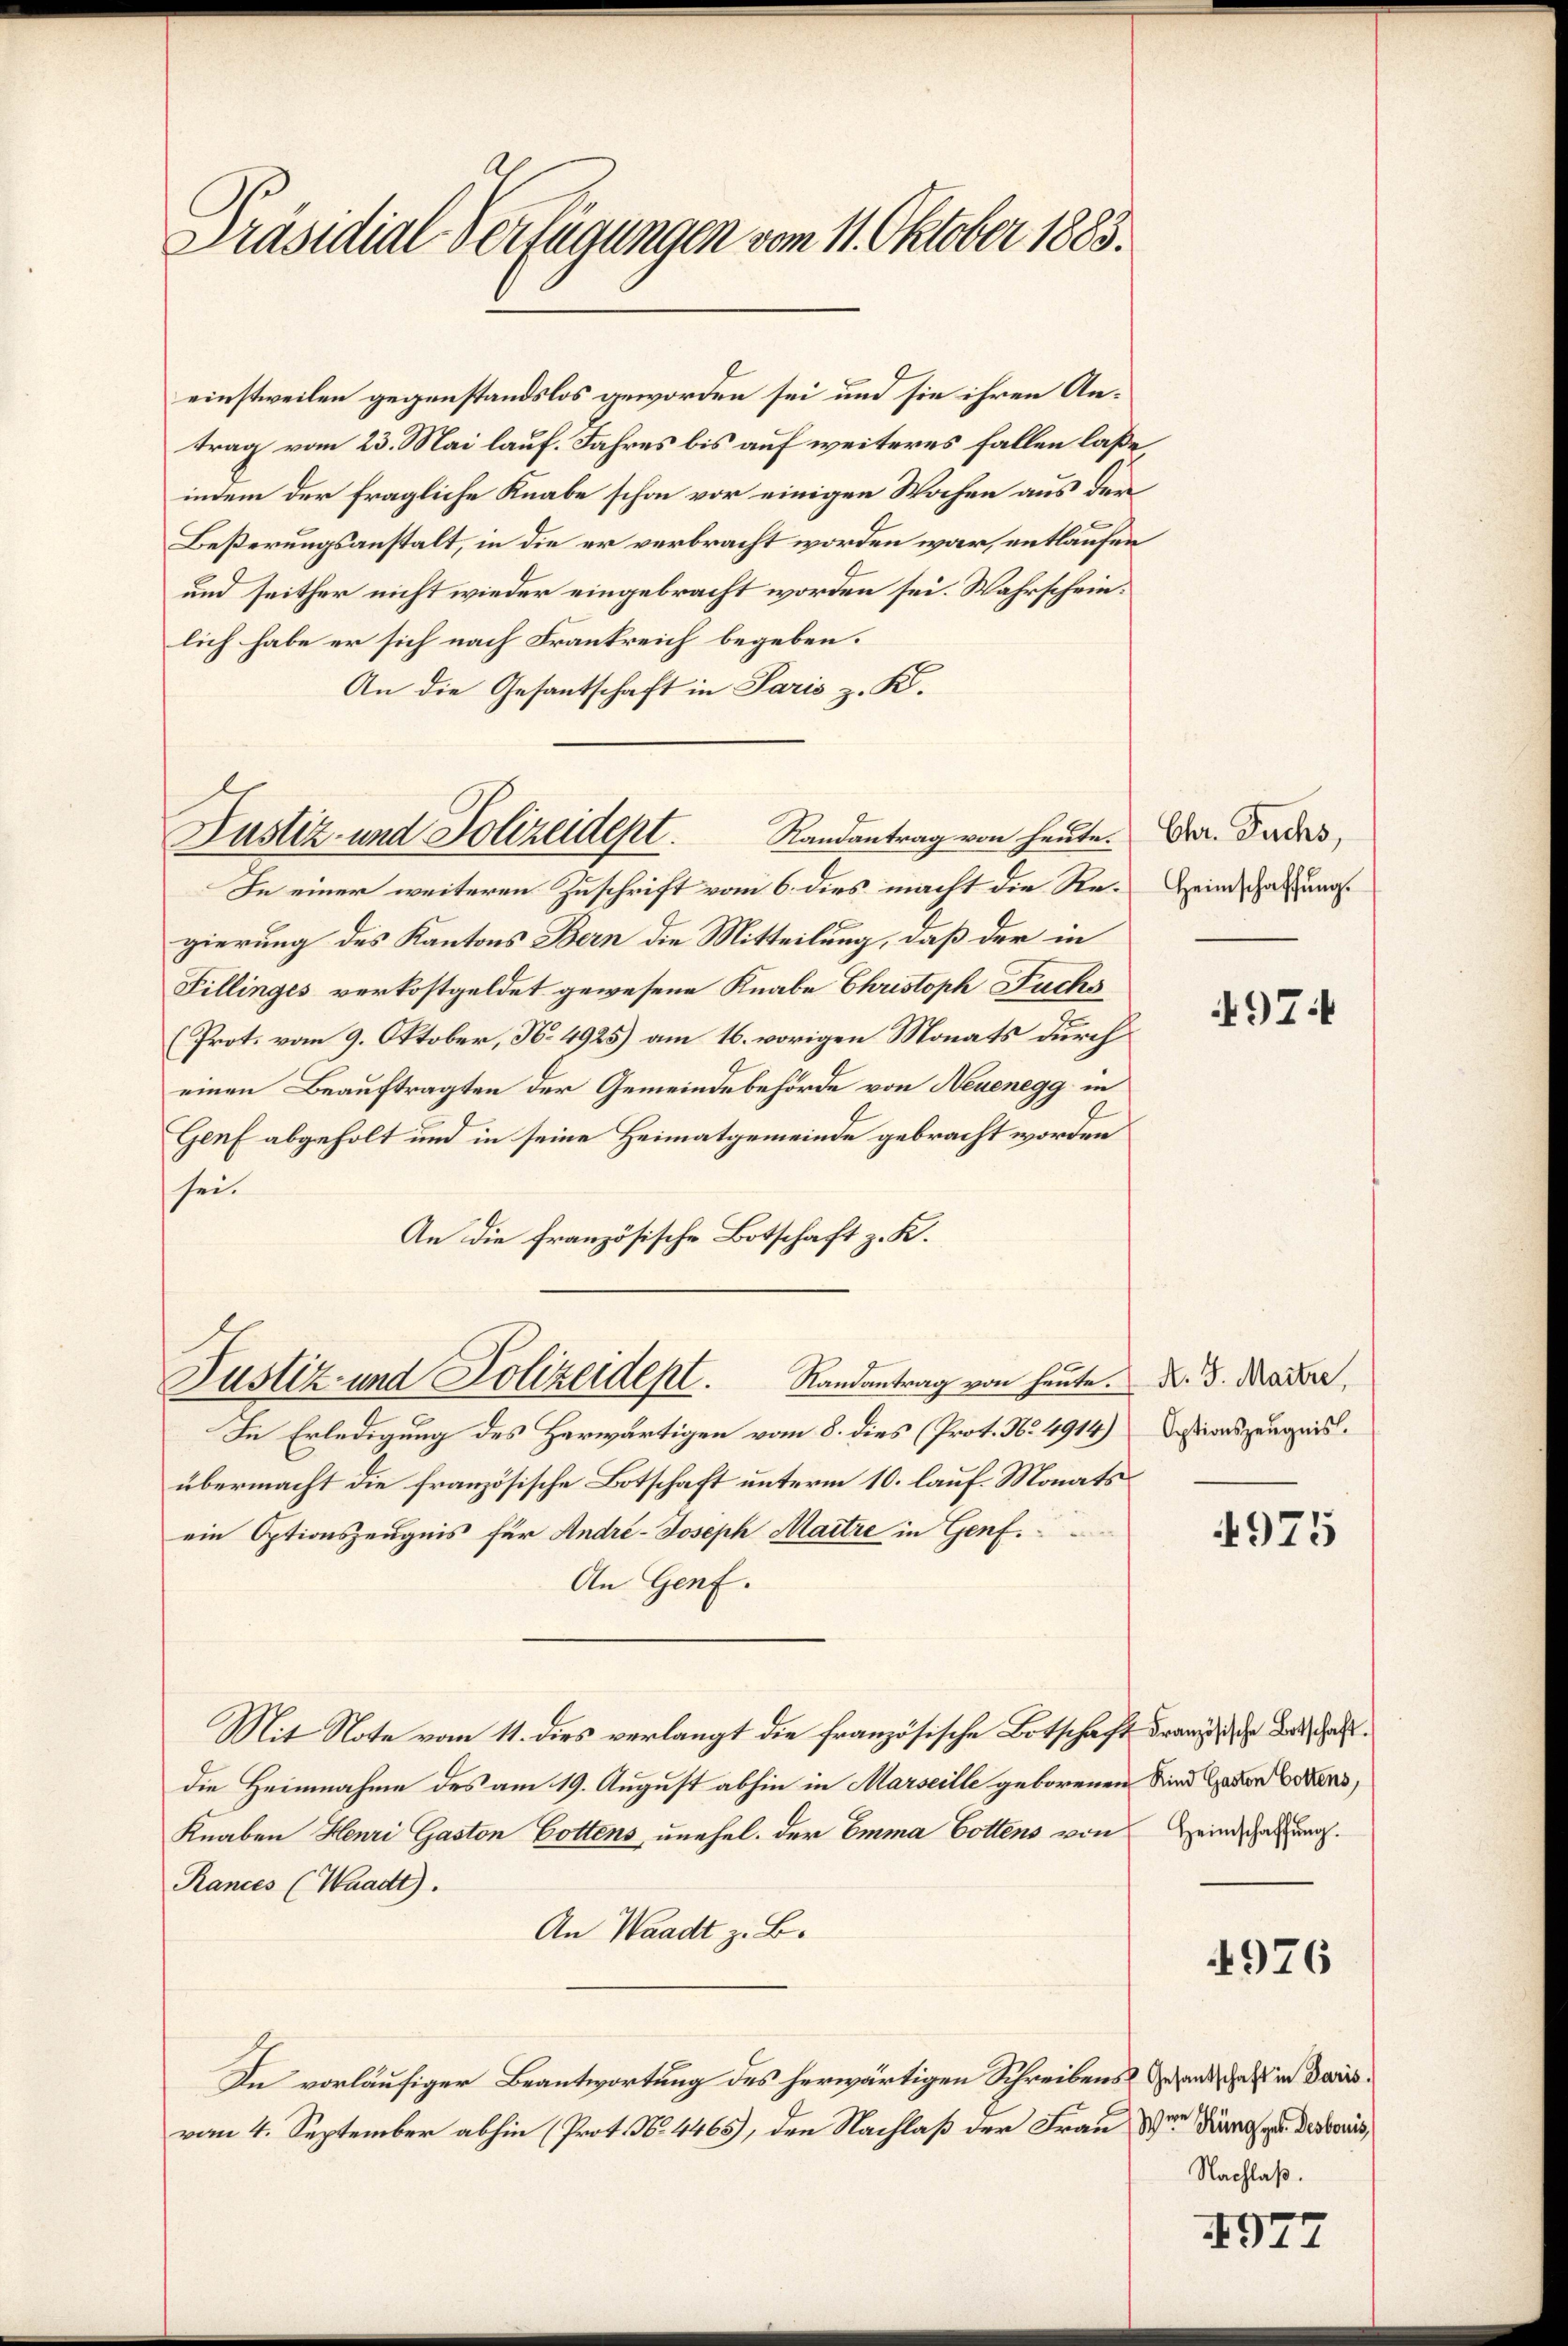
Präsidial-Verfügungen vom 11. Oktober 1883.

einstweilen gegenstandslos geworden sei und sie ihren Antrag vom 23. Mai lauf. Jahres bis auf weiteres fallen laße
indem der fragliche Knabe schon vor einigen Wochen aus der
Beßerungsanstalt, in die er verbracht worden war, entlaufen
und seither nicht wieder eingebracht worden sei. Wahrscheinlich habe er sich nach Frankreich begeben.
An die Gesantschaft in Paris z. K.
Randantrag von heute.
In einer weiteren Zuschrift vom 6. dies macht die Regierung des Kantons Bern die Mitteilung, daß der in
Fillinges verkostgeldet gewesene Knabe Christoph Fuchs
(Prot. vom 9. Oktober, No. 4925) am 16. vorigen Monats durch
einen Beauftragten der Gemeindebehörde von Neuenegg in
Genf abgeholt und in seine Heimatgemeinde gebracht worden
sei.
An die französische Botschaft z. K.
Randantrag von heute.
Justiz- und Polizeidept.
In Erledigung des Herwärtigen vom 8. dies (Prot. No. 4914)
übermacht die französische Botschaft unterm 10. lauf. Monats
ein Optionszeugnis für André-Joseph Maitre in Genf.
An Genf.
Mit Note vom 11. dies verlangt die französische Botschaft Franz des Gatdie Heimnahme des am 19. August abhin in Marseille geborenen Kind Gedankens,
Knaben Henri Gaston Gottens unehel. der Emma Gottens von Heindschaftung.
Rances (Waadt).
An Waadt z. B.
In vorläufiger Beantwortung des herwärtigen Schreibens and haft in darisvom 4. September abhin (Prot. No. 4465), den Nachlaß der Frau der Dir Destoris,

Justiz- und Polizeidept.

Chr. Fuchs,
Heimschaffung.

4974

N. G. Maitre,
Optionszeugnis.

4975

4976

Nachlaß.

4977